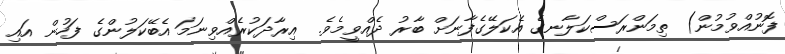
ފޮނުއްވުމުން) ތިމަންރަސްކަލާނގެ އެކަލޭގެފާނަށް ބާރު ދެއްވީމެވެ.  އިރާދަކުރެއްވިނަމަ އެބޭކަލުންގެ ފަހުން އައި